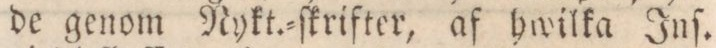
de genom Nykt.=ſkrifter, af hwilka Inſ.